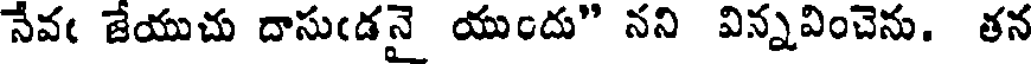
నేవఁ జేయుచు దాసుఁడనై యుందు" నని విన్నవించెను. తన